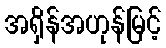
အရှိန်အဟုန်မြင့်